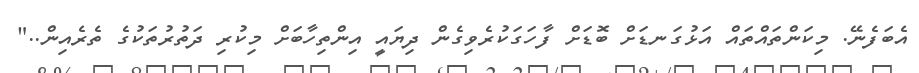
އެބަފެނޭ. މިކަންތައްތައް އަޅުގަނޑަށް ބޮޑަށް ފާހަގަކުރެވިގެން ދިޔައީ އިންތިހާބަށް މިކުރި ދަތުރުތަކުގެ ތެރެއިން.."